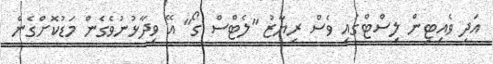
އަދި ވެއިޓިން ލިސްޓްގައި ވެސް ރިޔާޒު "ލެޓްސް ގޯ" އޭ ވިދާޅުނުވެގެން މަޑުކޮށްގެން